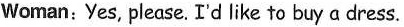
Woman: Yes, please. I'd like to buy a dress.